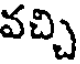
వచ్చి